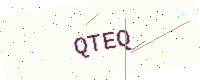
Text: QTEQ